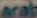
arab